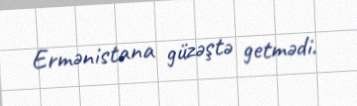
Ermənistana güzəştə getmədi.